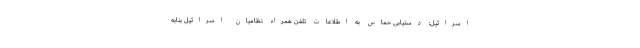
اسرائیل: دستیابی حماس به اطلاعات تلفن همراه نظامیان اسرائیل بنابه